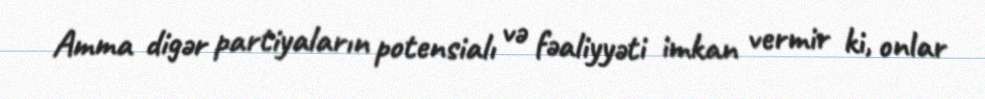
Amma digər partiyaların potensialı və fəaliyyəti imkan vermir ki, onlar